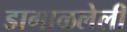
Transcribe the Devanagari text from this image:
डागाळलेली